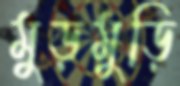
মুড়মুড়ি